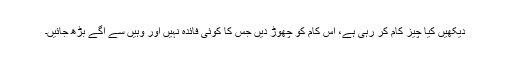
دیکھیں کیا چیز کام کر رہی ہے، اس کام کو چھوڑ دیں جس کا کوئی فائدہ نہیں اور وہیں سے آگے بڑھ جائیں۔